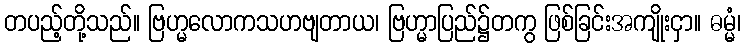
တပည့်တို့သည်။ ဗြဟ္မလောကသဟဗျတာယ၊ ဗြဟ္မာပြည်၌တကွ ဖြစ်ခြင်းအကျိုးငှာ။ ဓမ္မံ၊